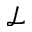
\mathcal { L }